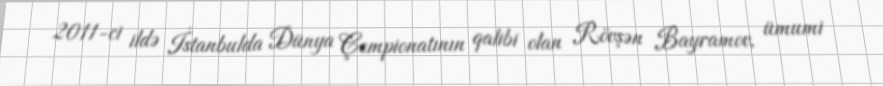
2011-ci ildə İstanbulda Dünya Çempionatının qalibi olan Rövşən Bayramov, ümumi